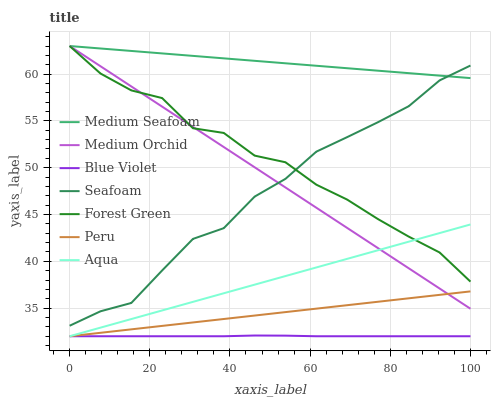
| xaxis_label | Medium Seafoam | Medium Orchid | Blue Violet | Seafoam | Forest Green | Peru | Aqua |
 | --- | --- | --- | --- | --- | --- | --- | --- |
 | 0 | 63 | 63 | 32 | 33.1 | 63 | 32 | 32 |
 | 7.69 | 62.7 | 60.8 | 32 | 34.7 | 60.1 | 32.4 | 32.9 |
 | 15.4 | 62.5 | 58.7 | 32 | 35.6 | 58.3 | 32.7 | 33.8 |
 | 23.1 | 62.2 | 56.5 | 32 | 39 | 57.4 | 33.1 | 34.8 |
 | 30.8 | 61.9 | 54.4 | 32 | 42.4 | 54.2 | 33.5 | 35.7 |
 | 38.5 | 61.7 | 52.2 | 32 | 43.5 | 53.7 | 33.8 | 36.6 |
 | 46.2 | 61.4 | 50 | 32.1 | 46.9 | 51.3 | 34.2 | 37.5 |
 | 53.8 | 61.2 | 47.9 | 32.1 | 48.8 | 50.6 | 34.6 | 38.4 |
 | 61.5 | 60.9 | 45.7 | 32 | 51.7 | 48.2 | 34.9 | 39.3 |
 | 69.2 | 60.6 | 43.6 | 32 | 53.3 | 46.6 | 35.3 | 40.3 |
 | 76.9 | 60.4 | 41.4 | 32 | 54.9 | 44.5 | 35.7 | 41.2 |
 | 84.6 | 60.1 | 39.3 | 32 | 56.6 | 42.6 | 36.1 | 42.1 |
 | 92.3 | 59.8 | 37.1 | 32 | 59.3 | 40.9 | 36.4 | 43 |
 | 100 | 59.6 | 34.9 | 32 | 60.9 | 37.8 | 36.8 | 43.9 |